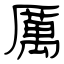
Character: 厲